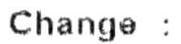
CHANGE :